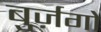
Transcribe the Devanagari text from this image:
बुर्ज़गो